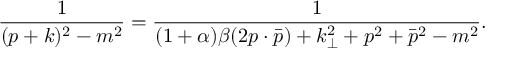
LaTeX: \frac { 1 } { ( p + k ) ^ { 2 } - m ^ { 2 } } = \frac { 1 } { ( 1 + \alpha ) \beta ( 2 p \cdot \bar { p } ) + k _ { \perp } ^ { 2 } + p ^ { 2 } + \bar { p } ^ { 2 } - m ^ { 2 } } .